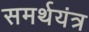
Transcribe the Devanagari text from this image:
समर्थयंत्र